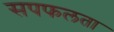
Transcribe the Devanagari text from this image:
सपफलता